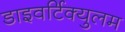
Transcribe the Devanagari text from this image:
डाइवर्टिक्युलम